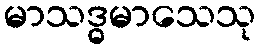
မာသဒ္ဓမာသေသု